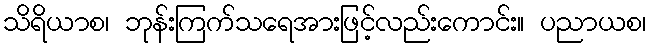
သိရိယာစ၊ ဘုန်းကြက်သရေအားဖြင့်လည်းကောင်း။ ပညာယစ၊